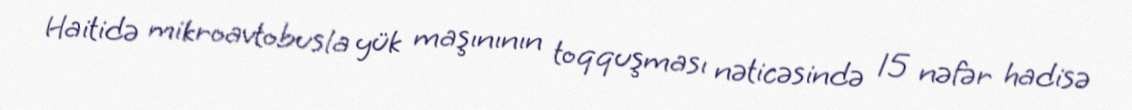
Haitidə mikroavtobusla yük maşınının toqquşması nəticəsində 15 nəfər hadisə